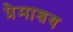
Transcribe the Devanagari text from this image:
प्रेमाश्रय